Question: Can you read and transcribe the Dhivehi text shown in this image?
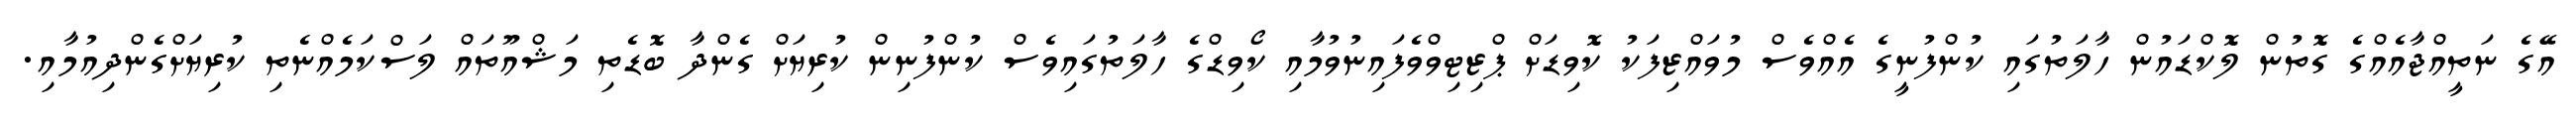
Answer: އޭގެ ނަތީއްޖާއެއްގެ ގޮތުން ލޮކްޑައުން ހާލަތުގައި ކުންފުނީގެ އެއްވެސް މުވައްޒިފަކު ކޮވިޑަށް ޕްޒިޓިވްވެފައިނުވުމާއި ކޯވިޑްގެ ހާލަތުގައިވެސް ކުންފުނިން ކުރިޔަށް ގެންދާ ބޮޑެތި މަޝްއޫތައް ލަސްކަމެއްނެތި ކުރިޔަށްގެންދިއުމާއި.